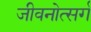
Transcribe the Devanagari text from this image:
जीवनोत्सर्ग